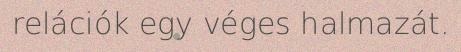
relációk egy véges halmazát.